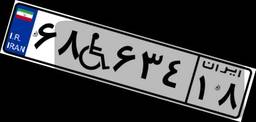
۶۹W۶۴۴۳۱